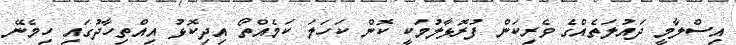
އިސްލާމީ ދައުލަތެއްގެ ވެރިކަން ފުރޮޅާލުމަކީ ކޮން ކަހަލަ ކަމެއްތޯ އިދިކޮޅު އިއްތިހާދުގައި ހިމެނޭ